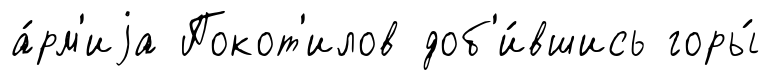
а́рм'иjа Покот'илов доб'и́вшись горы́